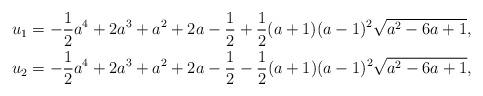
LaTeX: \begin{align*}u_1&=-\frac{1}{2}a^4+2a^3+a^2+2a-\frac{1}{2}+\frac{1}{2}(a+1)(a-1)^2\sqrt{a^2-6a+1}, \\u_2&=-\frac{1}{2}a^4+2a^3+a^2+2a-\frac{1}{2}-\frac{1}{2}(a+1)(a-1)^2\sqrt{a^2-6a+1},\end{align*}